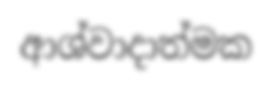
ආශ්වාදාත්මක